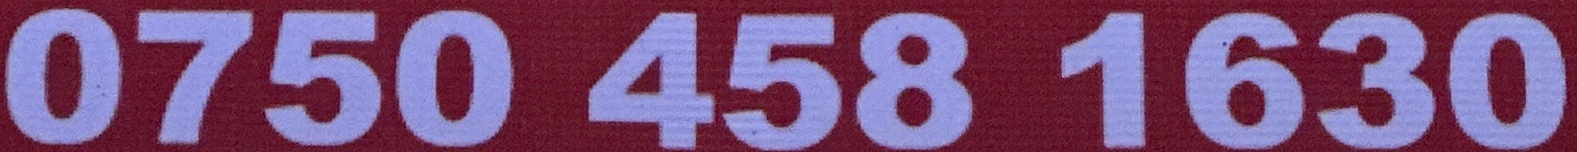
0750 458 1630